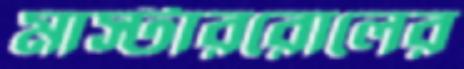
মাস্টাররোলের